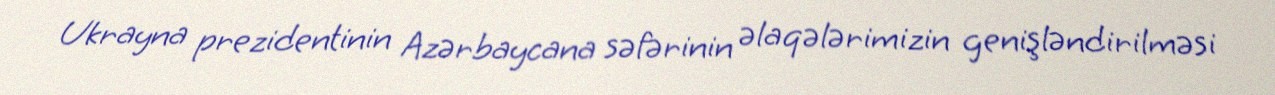
Ukrayna prezidentinin Azərbaycana səfərinin əlaqələrimizin genişləndirilməsi